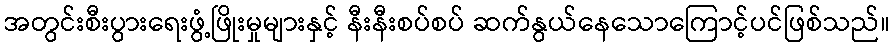
အတွင်းစီးပွားရေးဖွံ့ဖြိုးမှုများနှင့် နီးနီးစပ်စပ် ဆက်နွယ်နေသောကြောင့်ပင်ဖြစ်သည်။